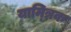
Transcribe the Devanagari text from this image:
याम्त्रिक